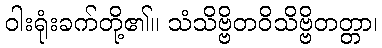
ဝါးရုံးခက်တို့၏။ သံသိဗ္ဗိတဝိသိဗ္ဗိတတ္တာ၊